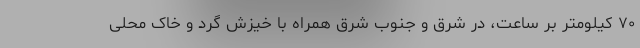
۷۰ کیلومتر بر ساعت، در شرق و جنوب شرق همراه با خیزش گرد و خاک محلی